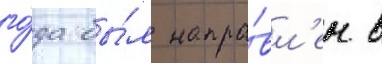
го́да бы́л напра́вл'ен в